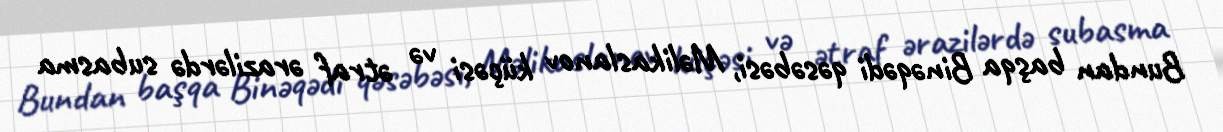
Bundan başqa Binəqədi qəsəbəsi, Məlikaslanov küçəsi və ətraf ərazilərdə subasma